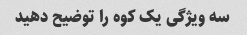
سه ویژگی یک کوه را توضیح دهید